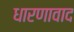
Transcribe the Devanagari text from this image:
धारणावाद